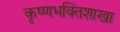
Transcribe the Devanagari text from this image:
कृष्णभक्तिशाखा